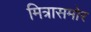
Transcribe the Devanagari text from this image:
मित्रासमोर